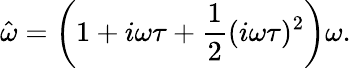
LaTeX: \hat{\omega}=\left(1+i\omega\tau+\frac{1}{2}(i\omega\tau)^{2}\right)\omega.